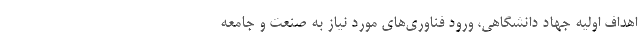
اهداف اولیه جهاد دانشگاهی، ورود فناوری‌های مورد نیاز به صنعت و جامعه